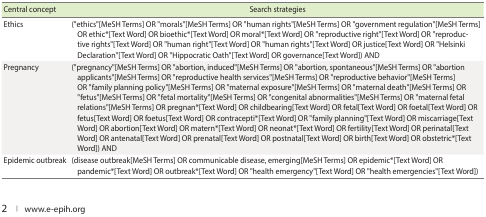
<table><thead><tr><td><b>Central concept</b></td><td><b>Search strategies</b></td></tr></thead><tbody><tr><td>Ethics</td><td>(&quot;ethics&quot;[MeSH Terms] OR &quot;morals&quot;[MeSH Terms] OR &quot;human rights&quot;[MeSH Terms] OR &quot;government regulation&quot;[MeSH Terms] OR ethic*[Text Word] OR bioethic*[Text Word] OR moral*[Text Word] OR &quot;reproductive right&quot;[Text Word] OR &quot;reproductive rights&quot;[Text Word] OR &quot;human right&quot;[Text Word] OR &quot;human rights&quot;[Text Word] OR justice[Text Word] OR &quot;Helsinki Declaration&quot;[Text Word] OR &quot;Hippocratic Oath&quot;[Text Word] OR governance[Text Word]) AND</td></tr><tr><td>Pregnancy</td><td>(&quot;pregnancy&quot;[MeSH Terms] OR &quot;abortion, induced&quot;[MeSH Terms] OR &quot;abortion, spontaneous&quot;[MeSH Terms] OR &quot;abortion applicants&quot;[MeSH Terms] OR &quot;reproductive health services&quot;[MeSH Terms] OR &quot;reproductive behavior&quot;[MeSH Terms] OR &quot;family planning policy&quot;[MeSH Terms] OR &quot;maternal exposure&quot;[MeSH Terms] OR &quot;maternal death&quot;[MeSH Terms] OR &quot;fetus&quot;[MeSH Terms] OR &quot;fetal mortality&quot;[MeSH Terms] OR &quot;congenital abnormalities&quot;[MeSH Terms] OR &quot;maternal fetal relations&quot;[MeSH Terms] OR pregnan*[Text Word] OR childbearing[Text Word] OR fetal[Text Word] OR foetal[Text Word] OR fetus[Text Word] OR foetus[Text Word] OR contracepti*[Text Word] OR &quot;family planning&quot;[Text Word] OR miscarriage[Text Word] OR abortion[Text Word] OR matern*[Text Word] OR neonat*[Text Word] OR fertility[Text Word] OR perinatal[Text Word] OR antenatal[Text Word] OR prenatal[Text Word] OR postnatal[Text Word] OR birth[Text Word] OR obstetric*[Text Word]) AND</td></tr><tr><td>Epidemic outbreak</td><td>(disease outbreak[MeSH Terms] OR communicable disease, emerging[MeSH Terms] OR epidemic*[Text Word] OR pandemic*[Text Word] OR outbreak*[Text Word] OR &quot;health emergency&quot;[Text Word] OR &quot;health emergencies&quot;[Text Word])</td></tr></tbody></table>